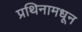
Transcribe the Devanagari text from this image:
प्रथिनामधून